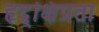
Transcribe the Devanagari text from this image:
हृद्‌क्षिप्रता